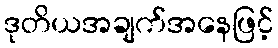
ဒုတိယအချက်အနေဖြင့်